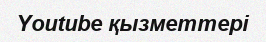
Youtube қызметтері